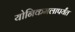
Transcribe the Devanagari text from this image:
योनिकमलापर्यंत